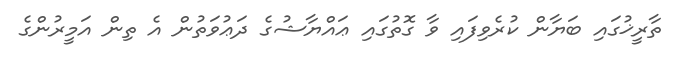
ތާރީޚުގައި ބަޔާން ކުރެވިފައި ވާ ގޮތުގައި ޢައްޔާޝުގެ ދަޢުވަތުން އެ ތިން އަމީރުންގެ